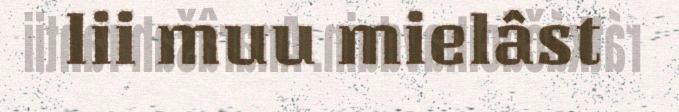
lii muu mielâst